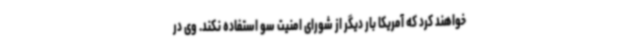
خواهند کرد که آمریکا بار دیگر از شورای امنیت سو استفاده نکند. وی در